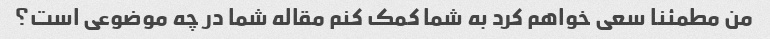
من مطمئنا سعی خواهم کرد به شما کمک کنم مقاله شما در چه موضوعی است؟